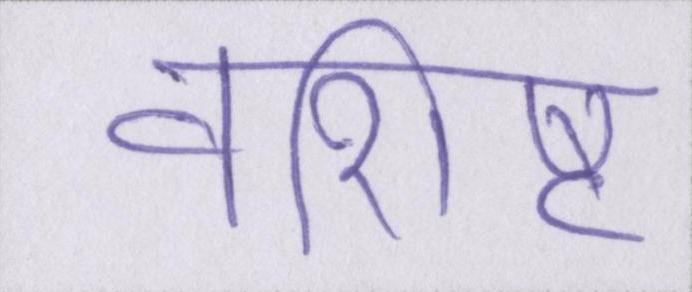
वशिष्ट